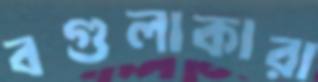
বগুলাকারা